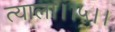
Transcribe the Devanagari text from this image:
त्याला।।५।।